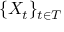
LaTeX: \{ X _ { t } \} _ { t \in T }